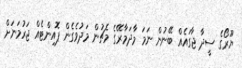
ޔޫރޯގެ ސީދާ ޖާގައެއް ބޭނުން ނަމަ މާދަމާރޭގެ މެޗުން މަދުވެގެން ޕޮއިންޓެއް ޖަރުމަނަށް